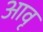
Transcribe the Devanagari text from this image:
आवृ